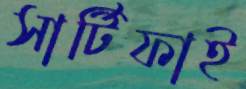
সার্টিফাই